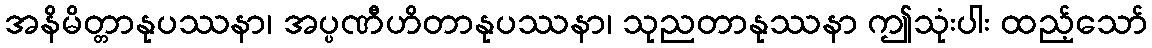
အနိမိတ္တာနုပဿနာ၊ အပ္ပဏီဟိတာနုပဿနာ၊ သုညတာနုဿနာ ဤသုံးပါး ထည့်သော်